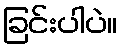
ခြင်းပါပဲ။